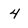
Character: 4